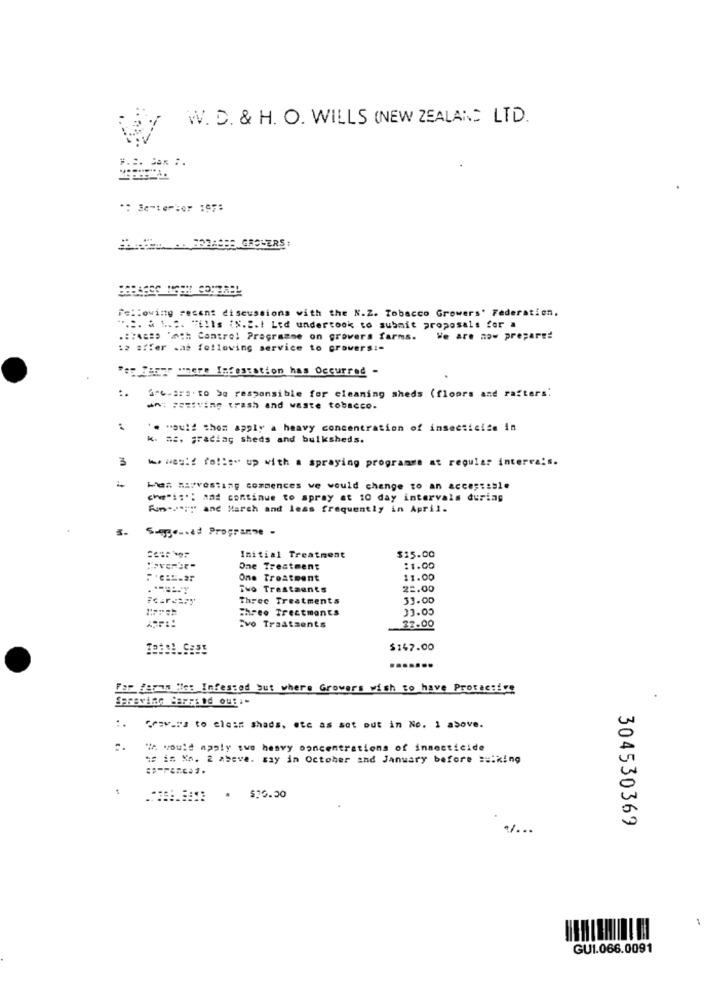
W. D. & H. O. WILLS (NEW ZEALAND LTD.
P.S. Cox :.
Following resent discussions with the N.Z. Tobacco Growers' Federation.
... S. à L .:. "ills (N.2.1 Ltd undertook to submit proposals for a
.:: 4680 'oh Contre! Pragramme on growers farms.
We are now prepare!
12 affer .as following service to growers :-
"ey Tangr wnere Infestation has Occurred -
..
1-6.ara . to be responsible for cleaning sheds (floors and rafters:
Ant FazSvine trash and waste tobacco.
. would them apply a heavy concentration of insecticide in
##. gracias sheds and bulksheds.
3
. was! ! fo !!: " up with a spraying programme at regular intervals.
Men harvesting commences we would change to an acceptable
che" !: ' : and continue to spray at 10 day intervals during
Fun-"""" and March and less frequently in April.
Siego-ved Programe -
$15.00
Initial Treatment
One Treatment
:1.00
One Treatment
11.00
Two Trestaunts
22.00
Three Treatments
33.00
Three Treatments
33.00
Tvo Traatsents
22.00
$147.00
...
Far faran ile: Infested but where Growers wish to have Protective
previne Carried out :-
:. Gravis to clean shads, ete as set out in No. 1 above.
We would apply swo heavy concentrations of insecticide
15 in Ka. 2 abeve. say in October and January before ==: king
304530369
GUI.066.0091